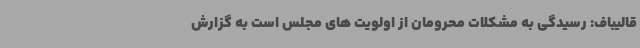
قالیباف: رسیدگی به مشکلات محرومان از اولویت های مجلس است به گزارش